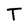
Character: T